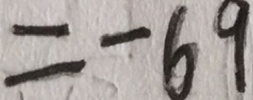
= - 6 9